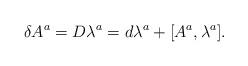
LaTeX: \begin{align*}\delta A^{a}=D\lambda^{a}=d\lambda^{a}+[A^{a},\lambda^{a}].\end{align*}